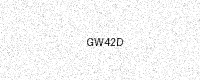
Text: GW42D